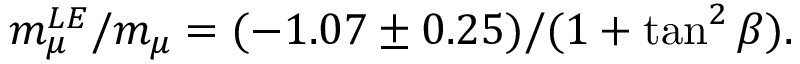
m _ { \mu } ^ { L E } / m _ { \mu } = ( - 1 . 0 7 \pm 0 . 2 5 ) / ( 1 + \tan ^ { 2 } \beta ) .